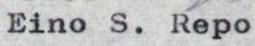
Eino S. Repo